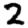
Digit: 2